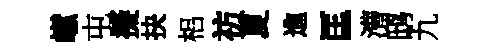
𪩘屯擬抉梠祊夏進匡漕鸱九